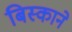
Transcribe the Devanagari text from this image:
बिस्काने